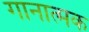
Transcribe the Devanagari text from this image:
गानात्मक